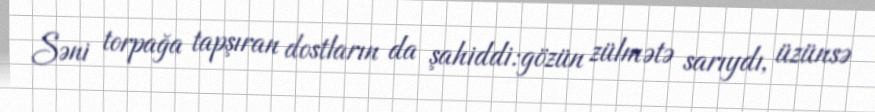
Səni torpağa tapşıran dostların da şahiddi:gözün zülmətə sarıydı, üzünsə